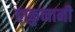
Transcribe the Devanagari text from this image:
हाकुनानी